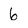
Character: 6